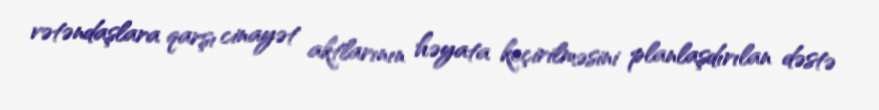
vətəndaşlara qarşı cinayət aktlarının həyata keçirilməsini planlaşdırılan dəstə